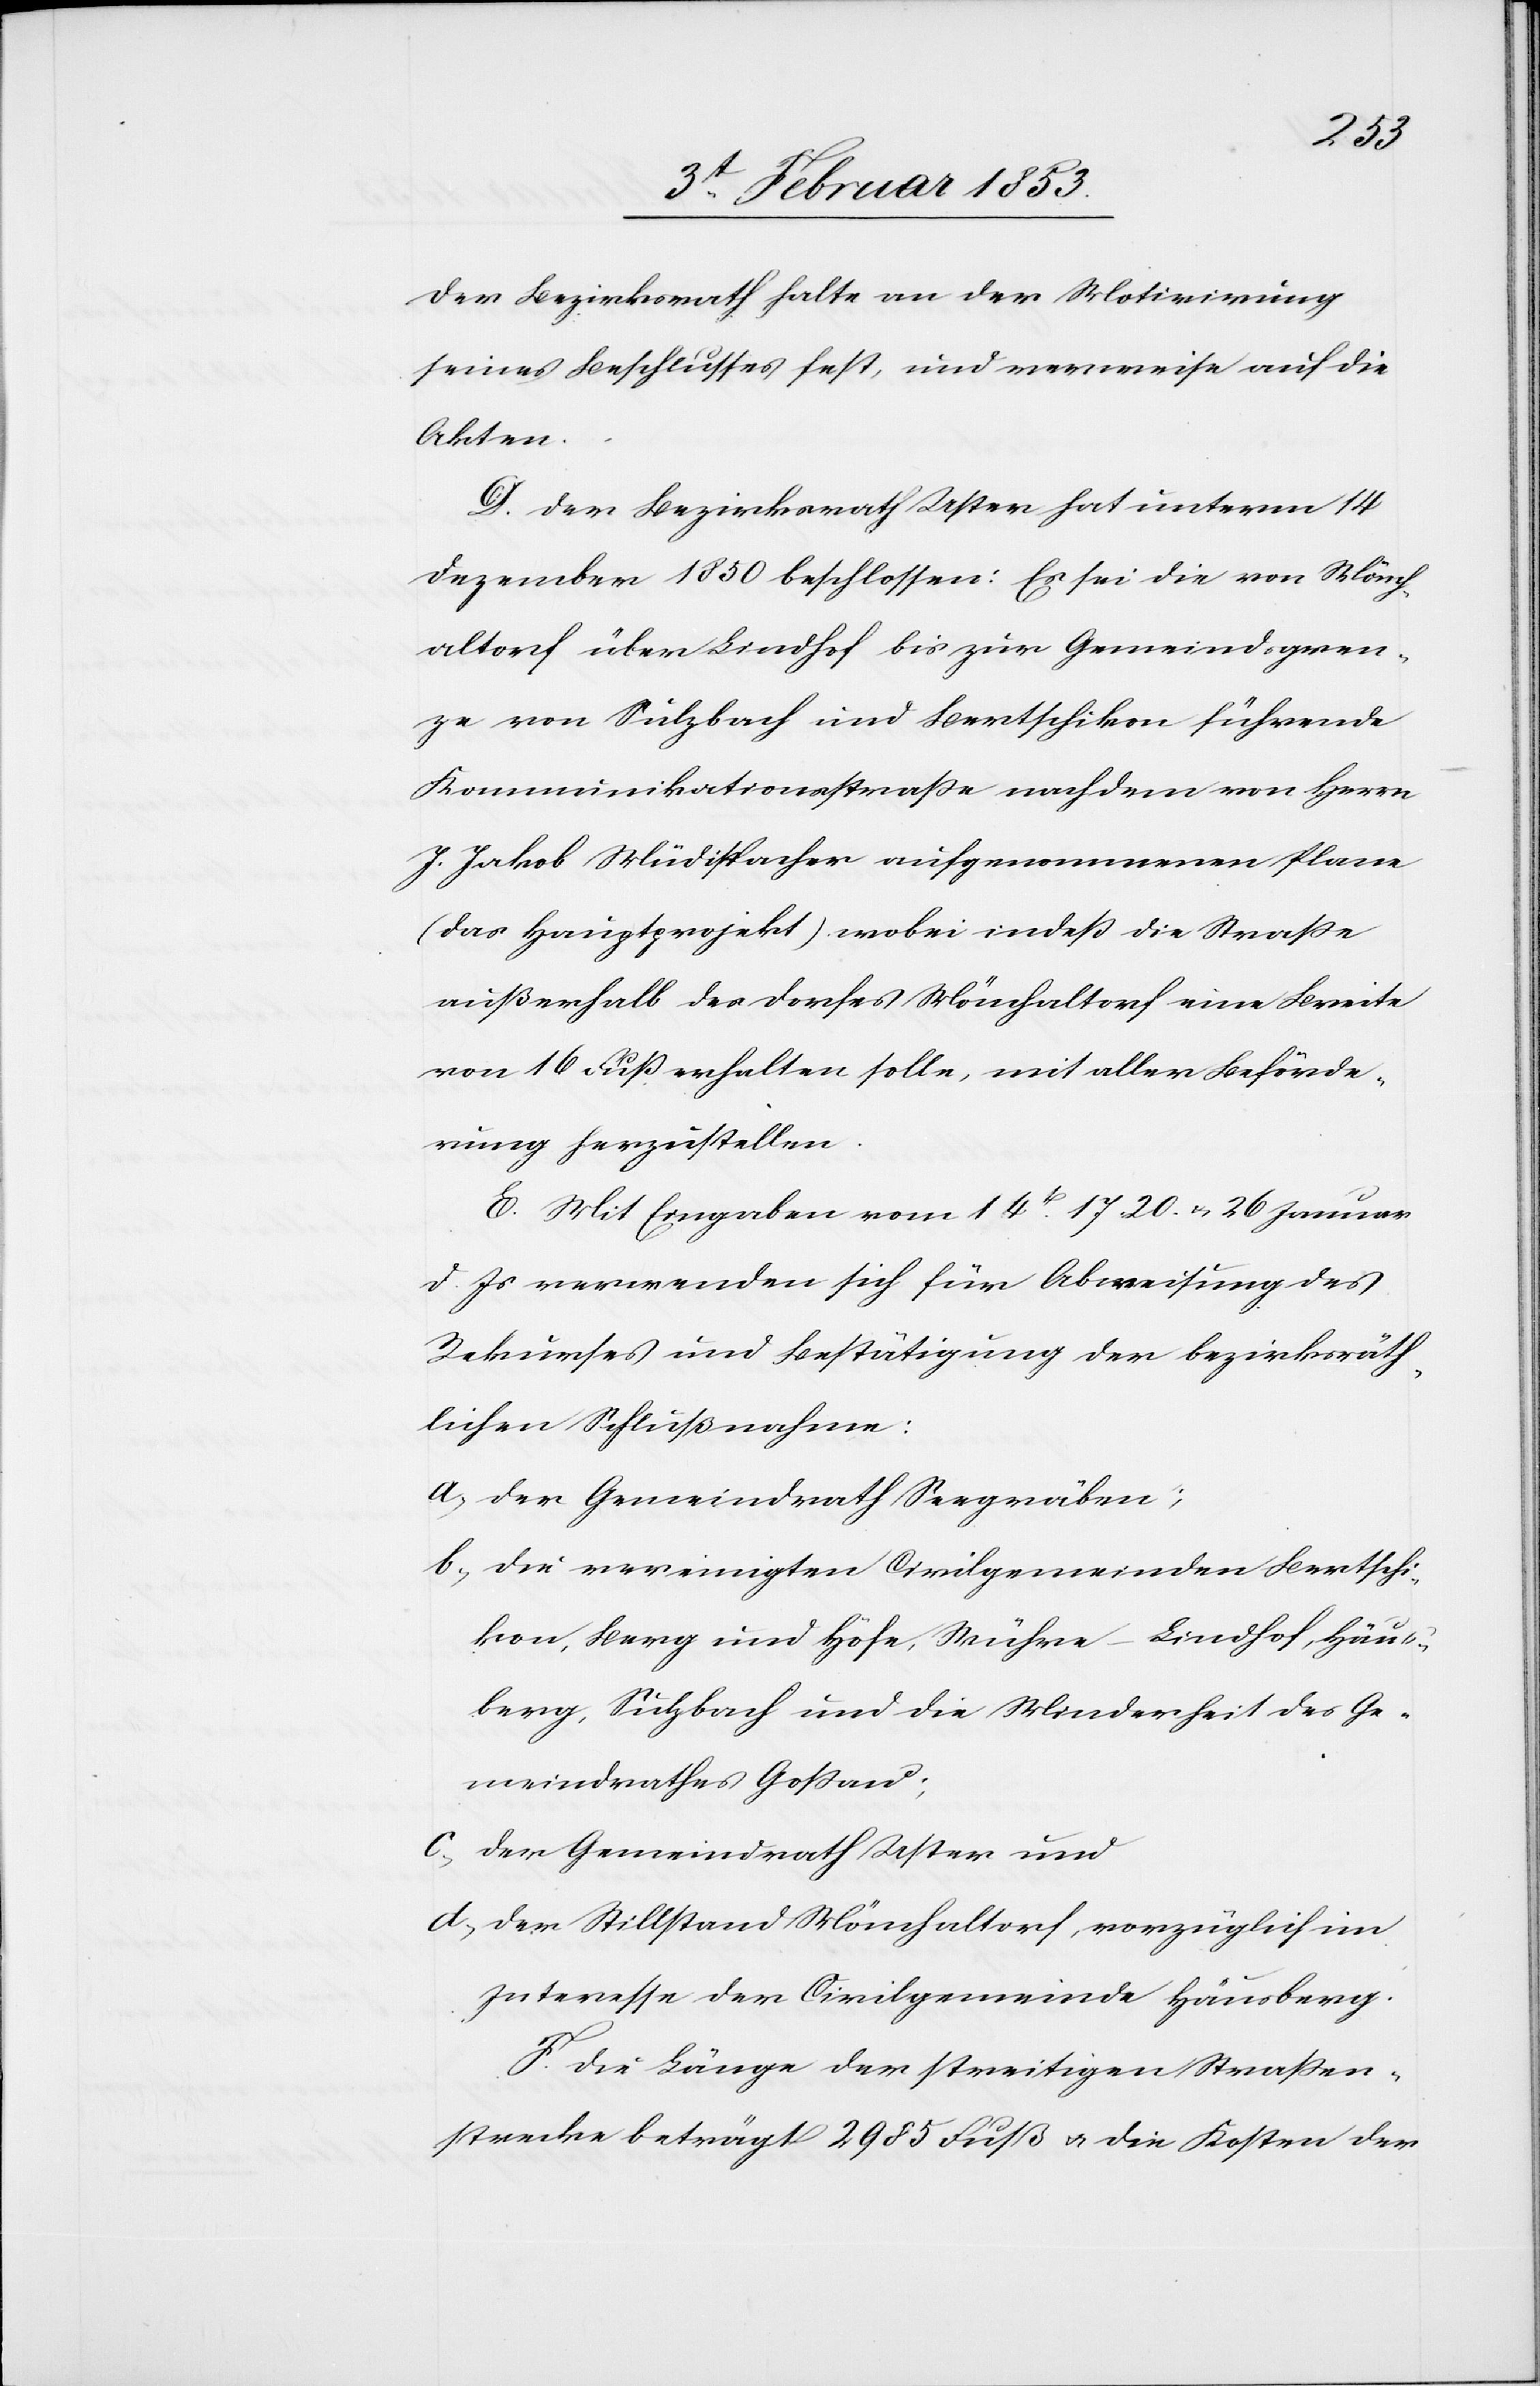
der Bezirksrath halte an der Motivirung
seines Beschlusses fest, und verweise auf die
Akten.
D. Der Bezirksrath Uster hat unterm 14
Dezember 1850 beschlossen: Es sei die von Mönch¬
altorf über Lindhof bis zur Gemeindsgren¬
ze von Sulzbach und Bertschikon führende
Kommunikationsstraße nachdem von Herrn
J. Jakob Müdispacher aufgenommenen Plane
(das Hauptprojekt) wobei indeß die Straße
außerhalb des Dorfes Mönchaltorf eine Breite
von 16 Fuß erhalten solle, mit aller die Beförde¬
rung herzustellen.
E. Mit Eingaben vom 14t. 17. 20. u. 26. Januar
d. Js. verwenden sich für Abweisung des
Rekurses und Bestätigung der bezirksräth¬
lichen Schlußnahmen:
a, der Gemeindrath Seegräben;
b, die vereinigten Civilgemeinden Bertschi¬
kon, Berg und Höfe, Wühre–Lindhof, Haus¬
berg, Sulzbach und die Minderheit des Ge¬
meindrathes Goßau;
c, der Gemeindrath Uster und
d, der Stillstand Mönchaltorf, vorzüglich im
Intereße der Civilgemeinde Hausberg.
F. Die Länge der streitigen Straßen¬
strecke beträgt 2985 Fuß u. die Kosten der